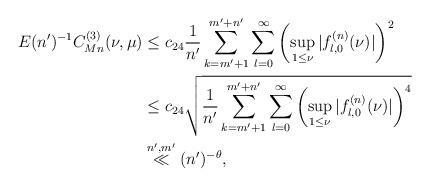
LaTeX: \begin{align*}E (n')^{-1} C_{Mn}^{(3)}(\nu, \mu) & \le c_{24} \frac{1}{n'} \sum_{k=m'+1}^{m'+n'} \sum_{l=0}^\infty \left( \sup_{1 \le \nu} | f_{l,0}^{(n)}( \nu ) | \right)^2 \\& \le c_{24} \sqrt{ \frac{1}{n'} \sum_{k=m'+1}^{m'+n'} \sum_{l=0}^\infty \left( \sup_{1 \le \nu} | f_{l,0}^{(n)}( \nu ) | \right)^4 } \\& \stackrel{n',m'}{\ll} (n')^{-\theta},\end{align*}